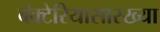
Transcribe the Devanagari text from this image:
बॅक्टेरियासारख्या